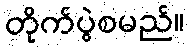
တိုက်ပွဲစမည်။